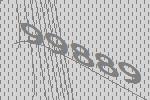
99889